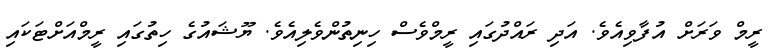
ރީމް ވަރަށް އުފާވިއެވެ. އަދި ރައްދުގައި ރީމްވެސް ހިނިތުންވެލިއެވެ. ޔޫޝައުގެ ހިތުގައި ރީމްއަށްޓަކައި